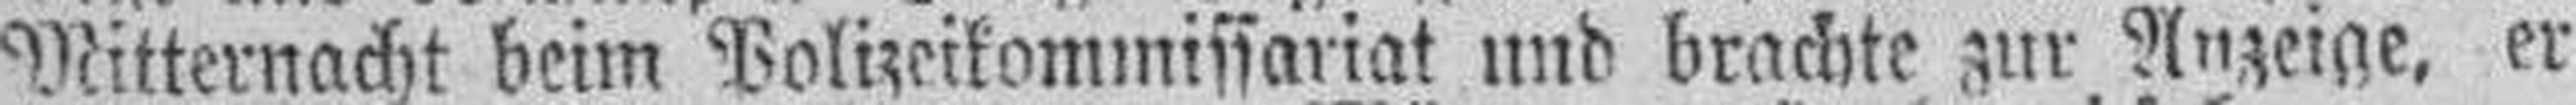
Mitternacht beim Polizeikommissariat und brachte zur Anzeige, er